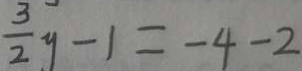
\frac { 3 } { 2 } y - 1 = - 4 - 2